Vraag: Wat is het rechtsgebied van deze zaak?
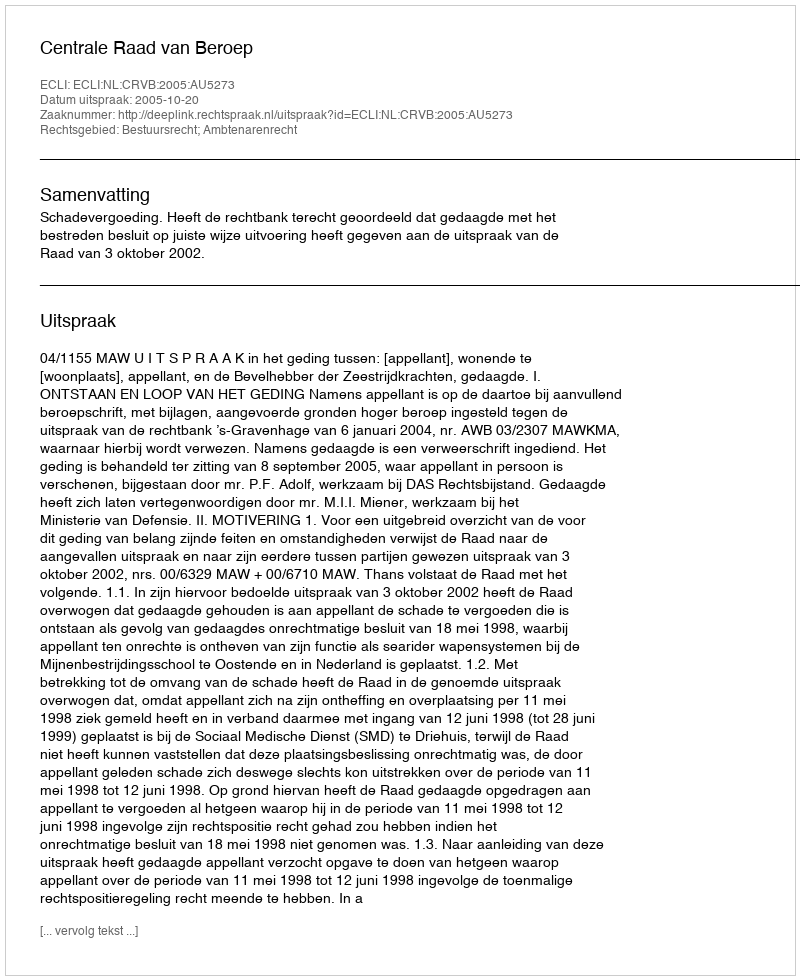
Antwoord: Bestuursrecht; Ambtenarenrecht